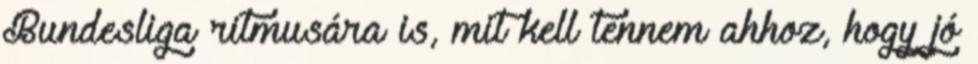
Bundesliga ritmusára is, mit kell tennem ahhoz, hogy jó